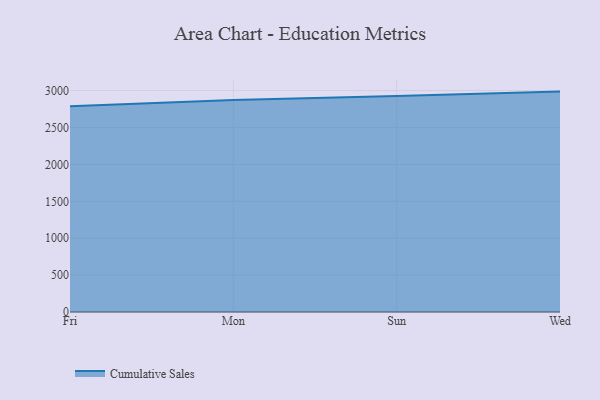
{"axis": {"x": "Day", "y": "Customer Acquisition Cost (USD)"}, "legend": ["Cumulative Sales"], "data": [{"x": "Fri", "y": 2787.5, "type": "Cumulative Sales"}, {"x": "Mon", "y": 2873.6, "type": "Cumulative Sales"}, {"x": "Sun", "y": 2927.9, "type": "Cumulative Sales"}, {"x": "Wed", "y": 2986.5, "type": "Cumulative Sales"}]}